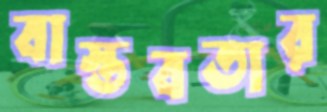
বাস্তবতার